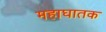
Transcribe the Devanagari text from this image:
महाघातक